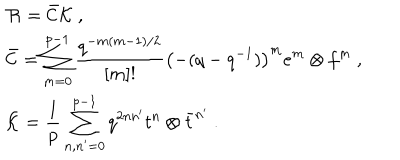
LaTeX: \begin{array} { r c l } { { } } & { { } } & { { { \cal R } = \bar { \cal C } { \cal K } ~ , } } \\ { { } } & { { } } & { { \bar { \cal C } = \displaystyle \sum _ { m = 0 } ^ { p - 1 } \frac { q ^ { - m ( m - 1 ) / 2 } } { [ m ] ! } \left( - ( q - q ^ { - 1 } ) \right) ^ { m } e ^ { m } \otimes f ^ { m } ~ , } } \\ { { } } & { { } } & { { { \cal K } = \displaystyle \frac { 1 } { p } \sum _ { n , n ^ { \prime } = 0 } ^ { p - 1 } q ^ { 2 n n ^ { \prime } } t ^ { n } \otimes \bar { t } ^ { n ^ { \prime } } ~ . } } \\ \end{array}